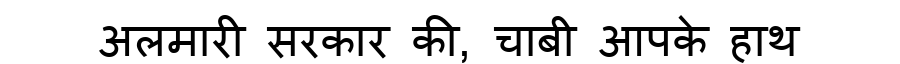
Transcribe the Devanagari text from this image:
अलमारी सरकार की, चाबी आपके हाथ